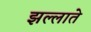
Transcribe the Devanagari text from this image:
झल्लाते